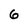
Character: 6